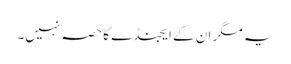
یہ مگر ان کے ایجنڈے کا حصہ نہیں۔